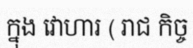
ក្នុង វោហារ ( រាជ កិច្ច